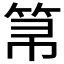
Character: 𱷼